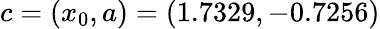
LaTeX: c=(x_{0},a)=(1.7329,-0.7256)